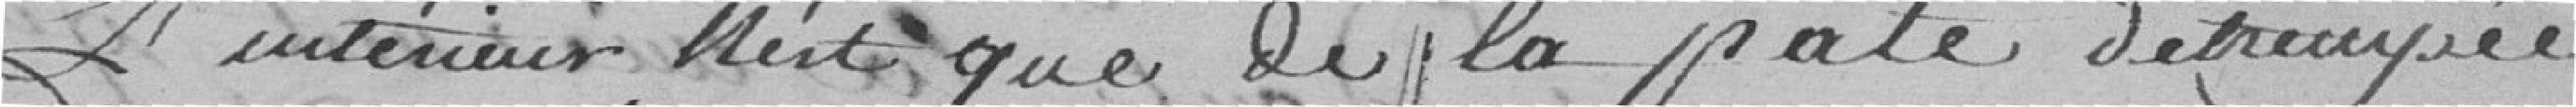
l'intérieur n'est que de la pâte détrempée